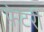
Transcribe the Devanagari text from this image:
फेटरी